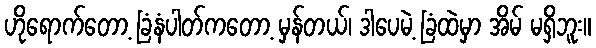
ဟိုရောက်တော့ ခြံနံပါတ်ကတော့ မှန်တယ်၊ ဒါပေမဲ့ ခြံထဲမှာ အိမ် မရှိဘူး။